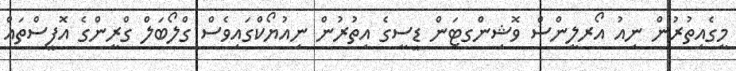
މީގެއިތުރުން ނިއު އޯރލީންސް ވޮޝިންގޓަން ޑީސީގެ އިތުރުން ނިއުޔޯކްގައިވެސް ގްލޯބަލް ގްރީންގެ އޮފީސްތައް